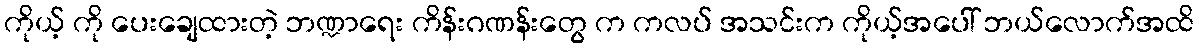
ကိုယ့် ကို ပေးချေထားတဲ့ ဘဏ္ဍာရေး ကိန်းဂဏန်းတွေ က ကလပ် အသင်းက ကိုယ့်အပေါ် ဘယ်လောက်အထိ